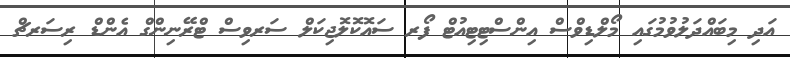
އަދި މިބައްދަލުވުމުގައި މޯލްޑިވްސް އިންސްޓިޓިއުޓް ފޯރ ސައޮކޮލޮޖިކަލް ސަރވިސް ޓްރޭނިންގް އެންޑް ރިސަރޗް